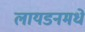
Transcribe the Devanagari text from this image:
लायडनमधे